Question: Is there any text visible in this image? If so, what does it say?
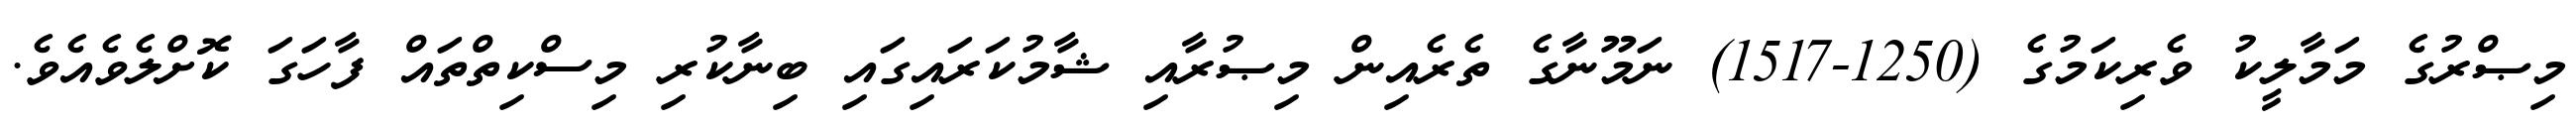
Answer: މިޞްރުގެ މަމާލީކު ވެރިކަމުގެ (1250-1517) ނަމޫނާގެ ތެރެއިން މިޞުރާއި ޝާމުކަރައިގައި ބިނާކުރި މިސްކިތްތައް ފާހަގަ ކޮށްލެވެއެވެ.